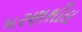
મરણશીલ